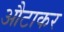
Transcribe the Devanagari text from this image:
औटाकर